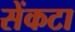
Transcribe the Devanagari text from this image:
सेंकटा